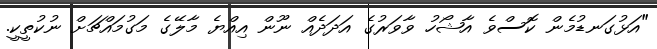
"އަޅުގަނޑުމެން ކޮސްވެ އާޝޯހު ވާވަރުގެ އަދަދެއް ނޫން އިއްޔެ މާލޭގެ މަގުމައްޗަށް ނުކުތީކީ.